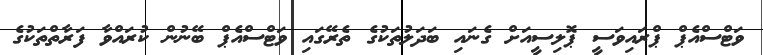
ވަޓްސްއެޕް ޕްރައިވަސީ ޕޮލިސީއަށް ގެނައި ބަދަލުތަކުގެ ތެރޭގައި ވަޓްސްއެޕް ބޭނުން ކުރައްވާ ފަރާތްތަކުގެ